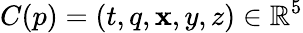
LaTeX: C(p)=(t,q,\mathbf{x},y,z)\in\mathbb{{R}}^{5}